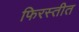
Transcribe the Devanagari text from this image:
फिरस्तीत